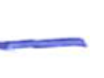
Text: -
Cross-out: double-line
Writing tool: ballpoint